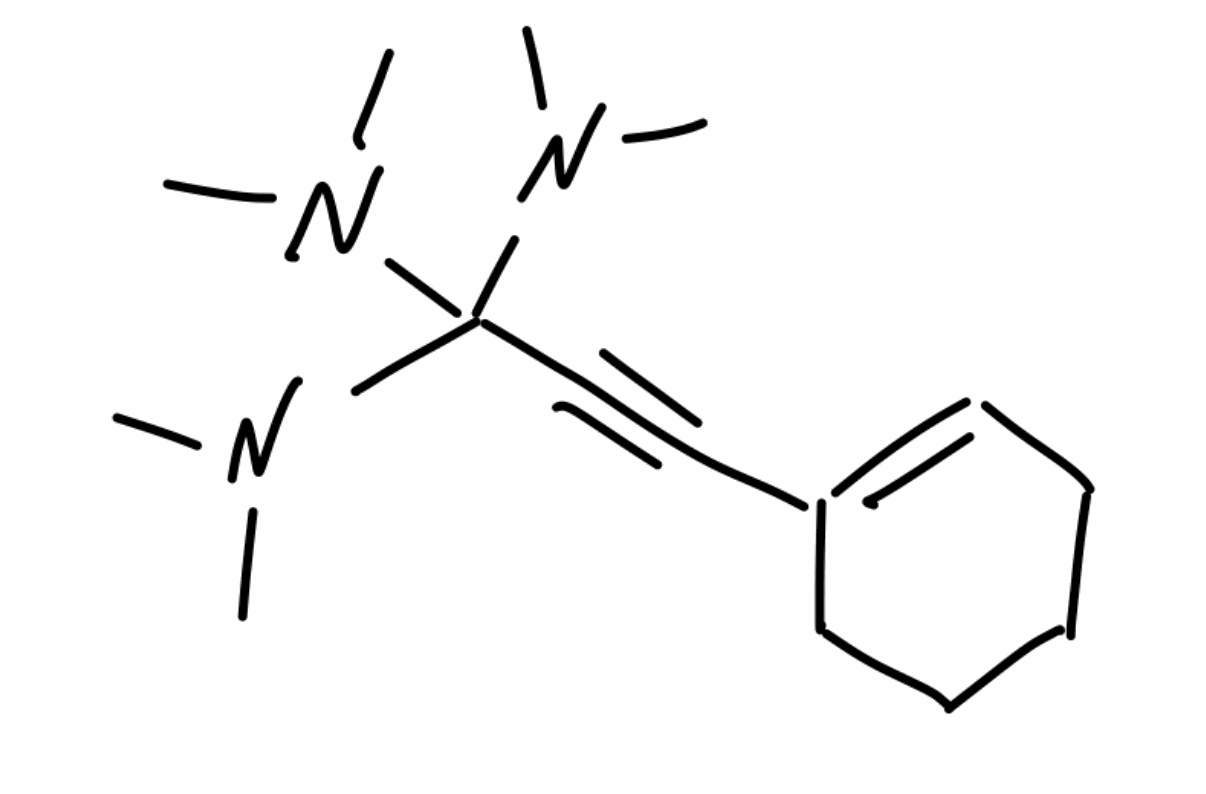
Simplified molecular-input line-entry system (SMILES) notation of the given molecule:
CN(C)C(C#CC1=CCCCC1)(N(C)C)N(C)C